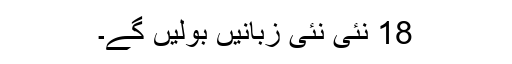
18 نئی نئی زبانیں بولیں گے۔